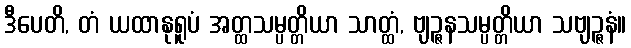
ဒီပေတိ, တံ ယထာနုရူပံ အတ္ထသမ္ပတ္တိယာ သာတ္ထံ, ဗျဉ္ဇနသမ္ပတ္တိယာ သဗျဉ္ဇနံ။